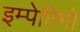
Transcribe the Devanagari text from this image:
इम्पेटिगो